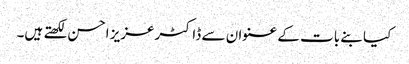
کیا بنے بات کے عنوان سے ڈاکٹرعزیز احسن لکھتے ہیں۔